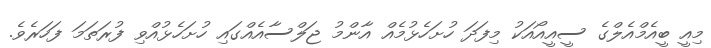
މިއީ ބީއެމްއެލްގެ ސީއީއޯއަކު މިފަދަ ހުށަހެޅުމެއް އާންމު ޖަލްސާއެއްގައި ހުށަހެޅުއްވި ފުރަތަމަ ފަހަރެވެ.